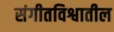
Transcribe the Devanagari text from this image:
संगीतविश्वातील